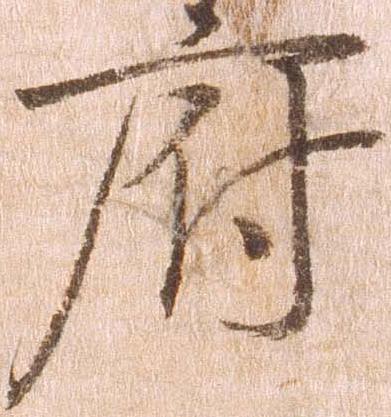
府